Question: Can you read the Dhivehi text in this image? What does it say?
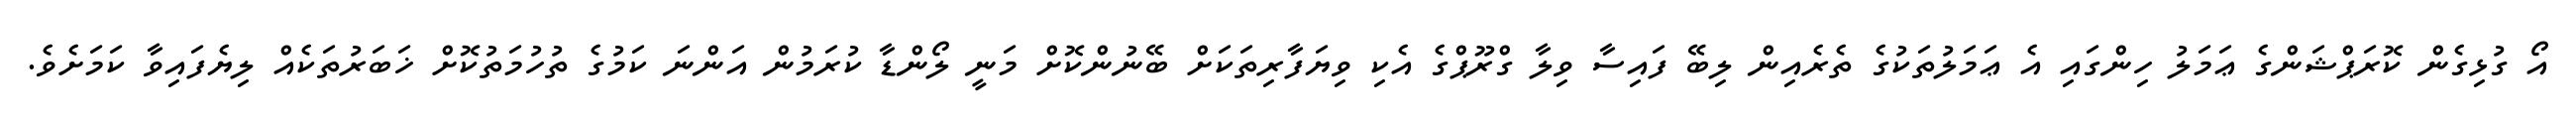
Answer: އޯ ގުޅިގެން ކޮރަޕްޝަންގެ ޢަމަލު ހިންގައި އެ ޢަމަލުތަކުގެ ތެރެއިން ލިބޭ ފައިސާ ވިލާ ގްރޫޕްގެ އެކި ވިޔަފާރިތަކަށް ބޭނުންކޮށް މަނީ ލޯންޑާ ކުރަމުން އަންނަ ކަމުގެ ތުހުމަތުކޮށް ޚަބަރުތަކެއް ލިޔެފައިވާ ކަމަށެވެ.